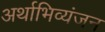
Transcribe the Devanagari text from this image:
अर्थाभिव्यंजन